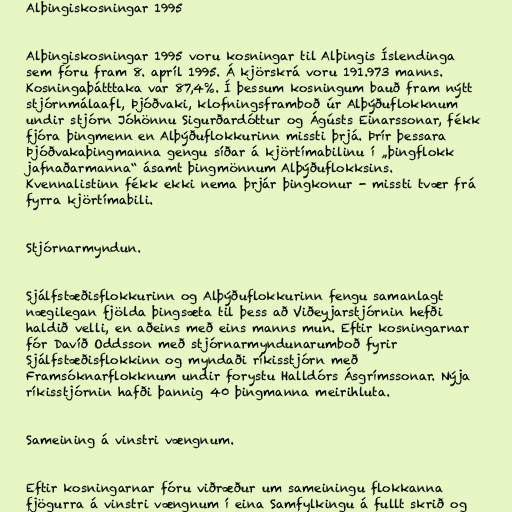
Alþingiskosningar 1995

Alþingiskosningar 1995 voru kosningar til Alþingis Íslendinga
sem fóru fram 8. apríl 1995. Á kjörskrá voru 191.973 manns.
Kosningaþátttaka var 87,4%. Í þessum kosningum bauð fram nýtt
stjórnmálaafl, Þjóðvaki, klofningsframboð úr Alþýðuflokknum
undir stjórn Jóhönnu Sigurðardóttur og Ágústs Einarssonar, fékk
fjóra þingmenn en Alþýðuflokkurinn missti þrjá. Þrír þessara
Þjóðvakaþingmanna gengu síðar á kjörtímabilinu í „þingflokk
jafnaðarmanna“ ásamt þingmönnum Alþýðuflokksins.
Kvennalistinn fékk ekki nema þrjár þingkonur - missti tvær frá
fyrra kjörtímabili.

Stjórnarmyndun.

Sjálfstæðisflokkurinn og Alþýðuflokkurinn fengu samanlagt
nægilegan fjölda þingsæta til þess að Viðeyjarstjórnin hefði
haldið velli, en aðeins með eins manns mun. Eftir kosningarnar
fór Davíð Oddsson með stjórnarmyndunarumboð fyrir
Sjálfstæðisflokkinn og myndaði ríkisstjórn með
Framsóknarflokknum undir forystu Halldórs Ásgrímssonar. Nýja
ríkisstjórnin hafði þannig 40 þingmanna meirihluta.

Sameining á vinstri vængnum.

Eftir kosningarnar fóru viðræður um sameiningu flokkanna
fjögurra á vinstri vængnum í eina Samfylkingu á fullt skrið og